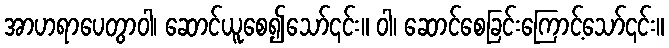
အာဟရာပေတွာဝါ၊ ဆောင်ယူစေ၍သော်၎င်း။ ဝါ၊ ဆောင်စေခြင်းကြောင့်သော်၎င်း။